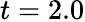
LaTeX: t=2.0